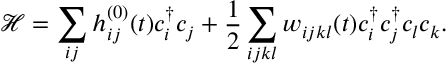
\mathcal { H } = \sum _ { i j } h _ { i j } ^ { ( 0 ) } ( t ) c _ { i } ^ { \dagger } c _ { j } + \frac { 1 } { 2 } \sum _ { i j k l } w _ { i j k l } ( t ) c _ { i } ^ { \dagger } c _ { j } ^ { \dagger } c _ { l } c _ { k } .